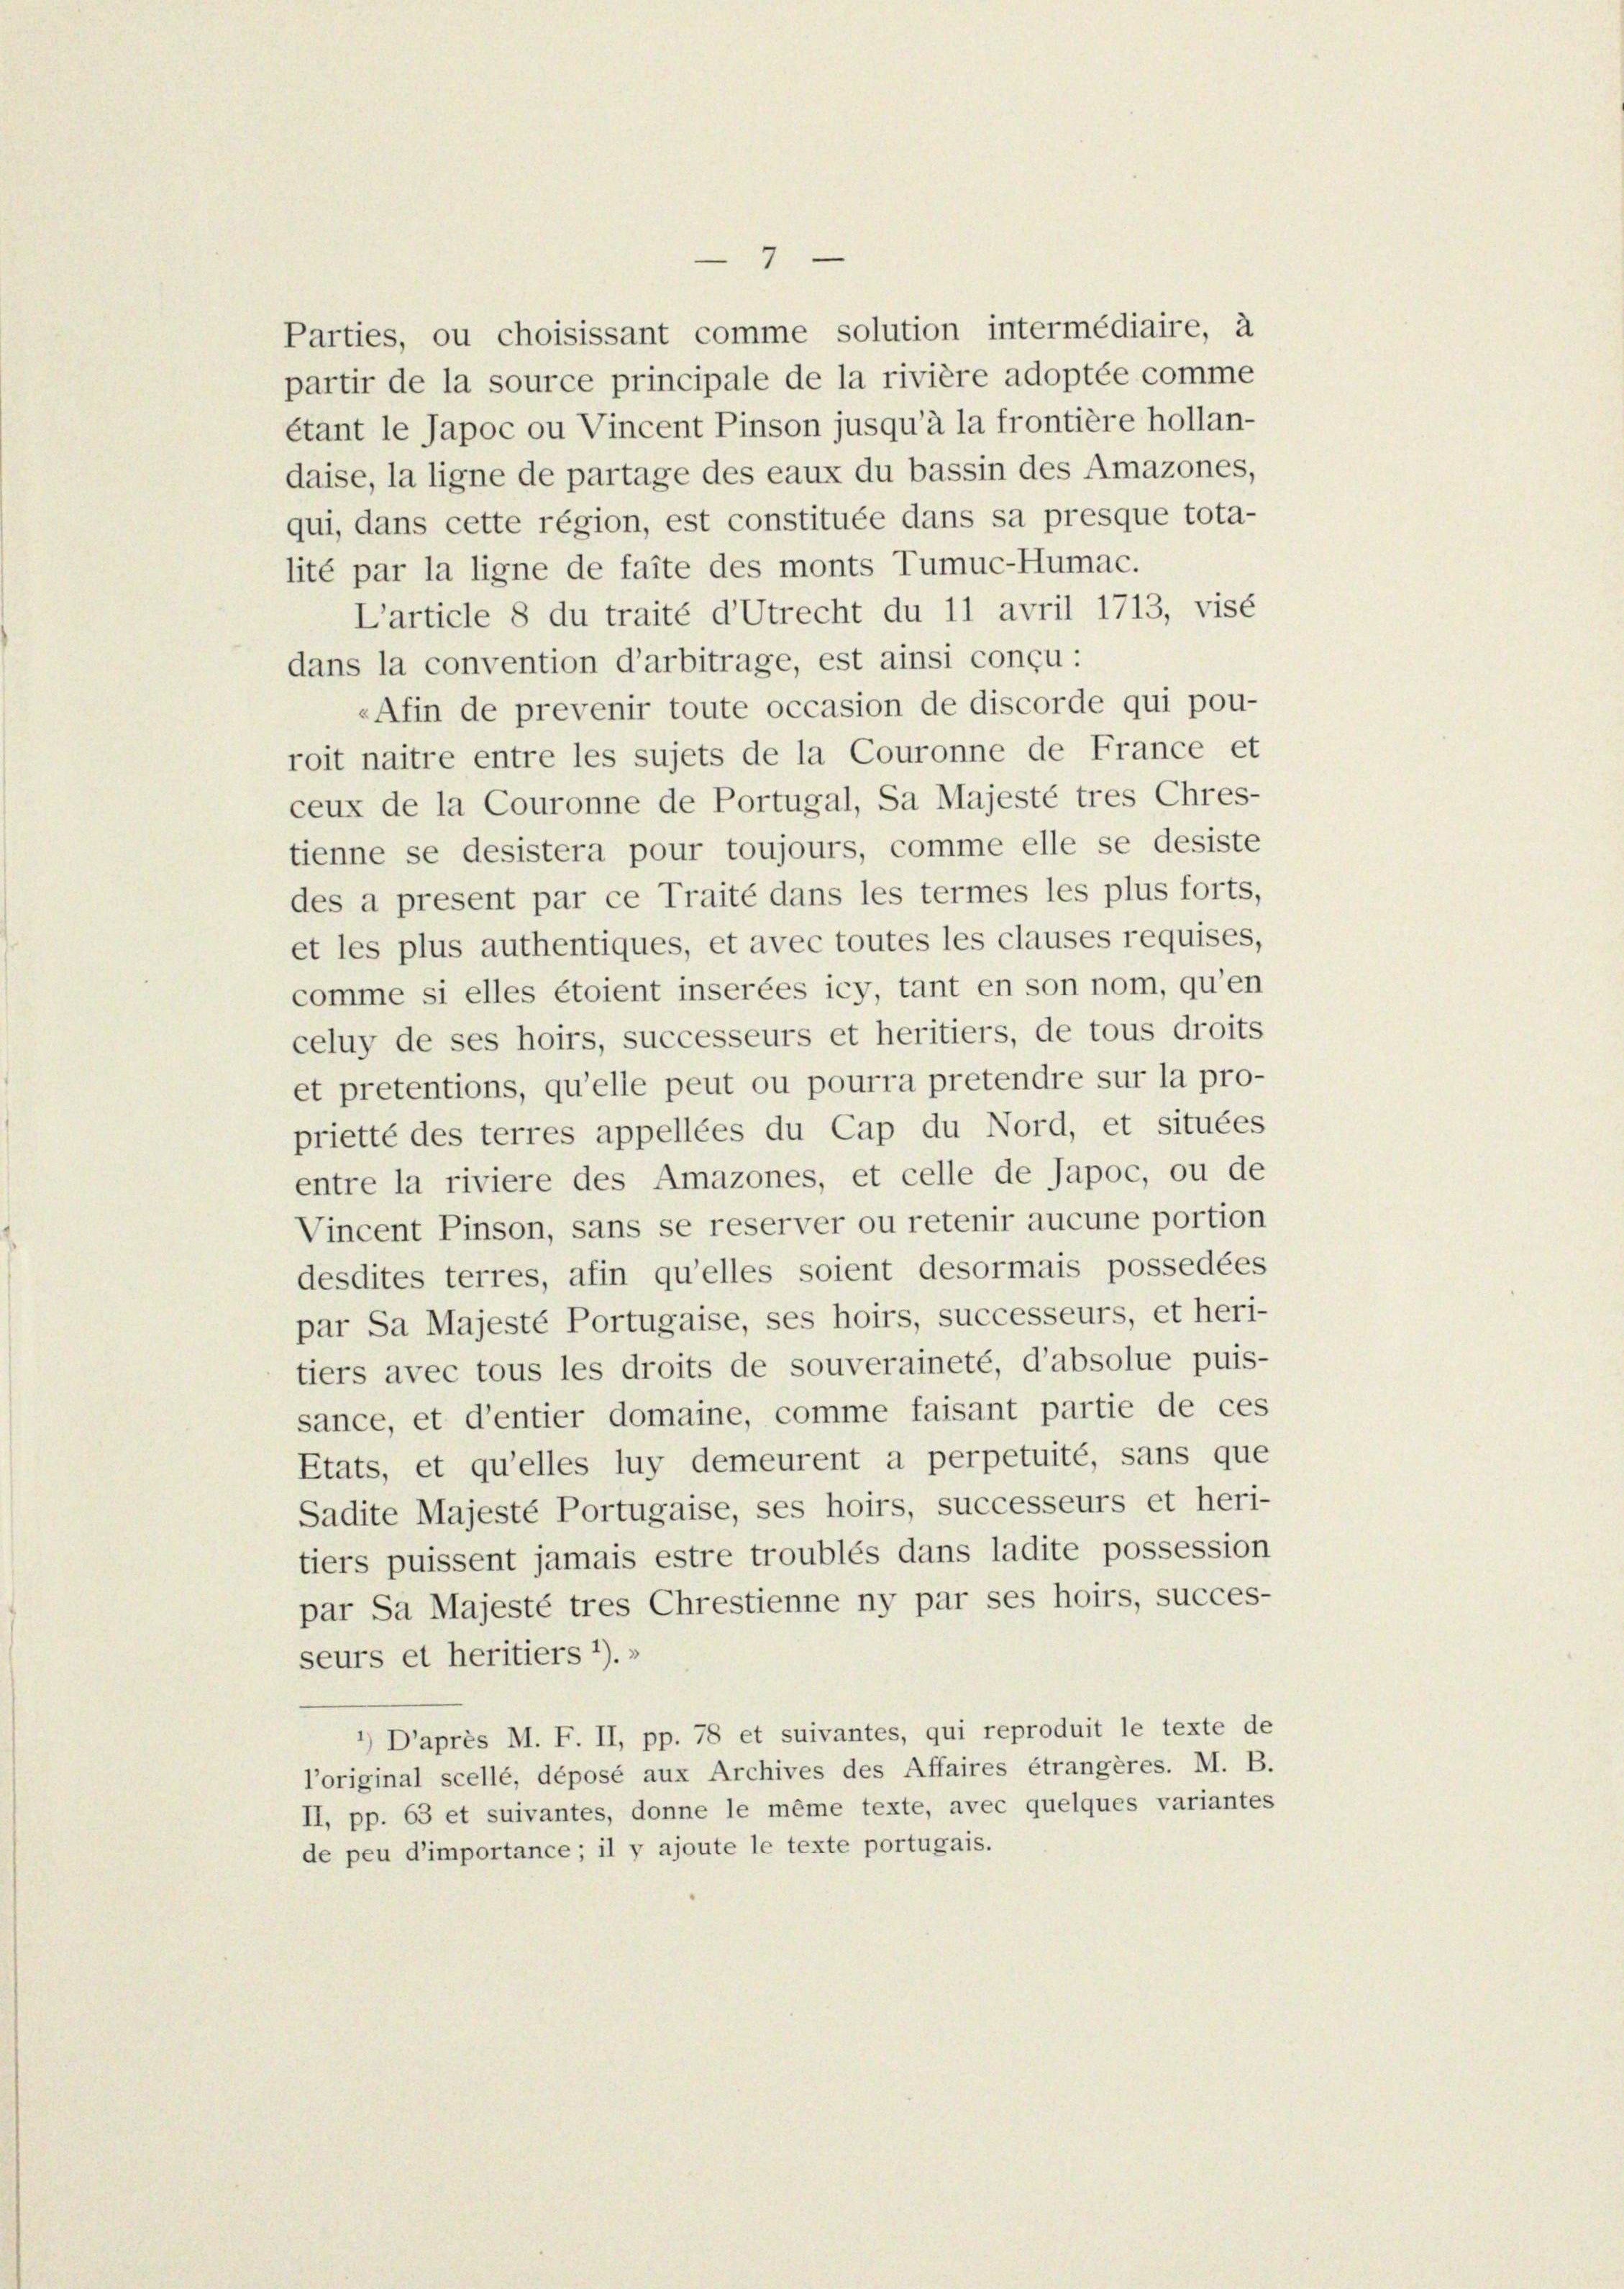
Parties, ou choisissant comme solution intermédiaire, à
partir de la source principale de la rivière adoptée comme
étant le Japoc ou Vincent Pinson jusqu’à la frontière hollan-
daise, la ligne de partage des eaux du bassin des Amazones,
qui, dans cette région, est constituée dans sa presque tota-
lité par la ligne de faite des monts Tumuc-Humac.
L’article 8 du traité d’Utrecht du 11 avril 1713, visé
dans la convention d’arbitrage, est ainsi conçu-
«Afin de prevenir toute occasion de discorde qui pou-
roit naitre entre les sujets de la Couronne de France et
ceux de la Couronne de Portugal, Sa Majesté tres Chres-
tienne se desistera pour toujours, comme elle se desiste
des a present par ce Traité dans les termes les plus forts,
et les plus authentiques, et avec toutes les clauses requises,
comme si elles étoient insérées icy, tant en son nom, qu’en
celuy de ses hoirs, successeurs et heritiers, de tous droits
et pretentions, qu’elle peut ou pourra pretendre sur la pro-
prietté des terres appellées du Cap du Nord, et situées
entre la riviere des Amazones, et celle de Japoc, ou de
Vincent Pinson, sans se reserver ou retenir aucune portion
desdites terres, afin qu’elles soient desormais possedées
par Sa Majesté Portugaise, ses hoirs, successeurs, et heri-
tiers avec tous les droits de souveraineté, d’absolue puis-
sance, et d’entier domaine, comme faisant partie de ces
Etats, et qu’elles luy demeurent a perpetuité, sans que
Sadite Majesté Portugaise, ses hoirs, successeurs et heri-
tiers puissent jamais estre troublés dans ladite possession
par Sa Majesté tres Chrestienne ny par ses hoirs, succes-
seurs et heritiers 1).»
’) D’après M. F. II, pp. 78 et suivantes, qui reproduit le texte de
l’original scellé, déposé aux Archives des Affaires étrangères. M. B
II, pp. 63 et suivantes, donne le même texte, avec quelques variantes
de peu d’importance; il y ajoute le texte portugais.